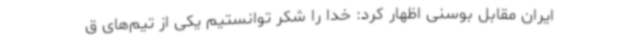
ایران مقابل بوسنی اظهار کرد: خدا را شکر توانستیم یکی از تیم‌های ق